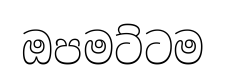
ඔපමට්ටම